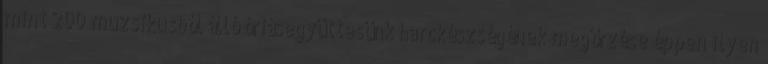
mint 200 muzsikusból álló óriásegyüttesünk harckészségének megőrzése éppen ilyen